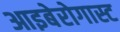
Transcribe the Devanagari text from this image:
आइबेरोगास्ट